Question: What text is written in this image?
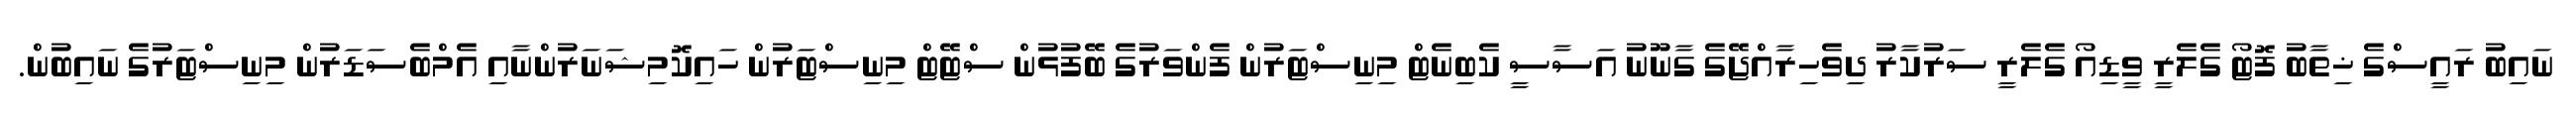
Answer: ނައިބު ރައީސްގެ ޚިތާބު ފޮޓޯ ގެލެރީ ވީޑިއޯ ގެލެރީ ސަރުކާރު ދިވެހިރާއްޖޭގެ ގާނޫނު އަސާސީ ކެބިނެޓް މިނިސްޓަރުން ފެންވަރުގެ ބޭފުޅުން ސްޓޭޓް މިނިސްޓަރުން ހައިކޮމިޝަނަރުންނާއި އެމްބެސަޑަރުން މިނިސްޓަރުގެ ނައިބުން.